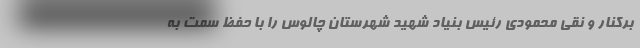
برکنار و نقی محمودی رئیس بنیاد شهید شهرستان چالوس را با حفظ سمت به